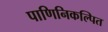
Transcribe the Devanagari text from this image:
पाणिनिकल्पित